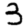
Digit: 3